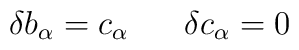
\delta b_\alpha = c_\alpha \;\;\;\;\;\;\delta c_\alpha = 0